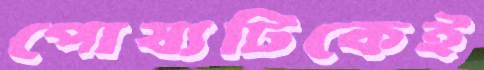
পোষ্যটিকেই